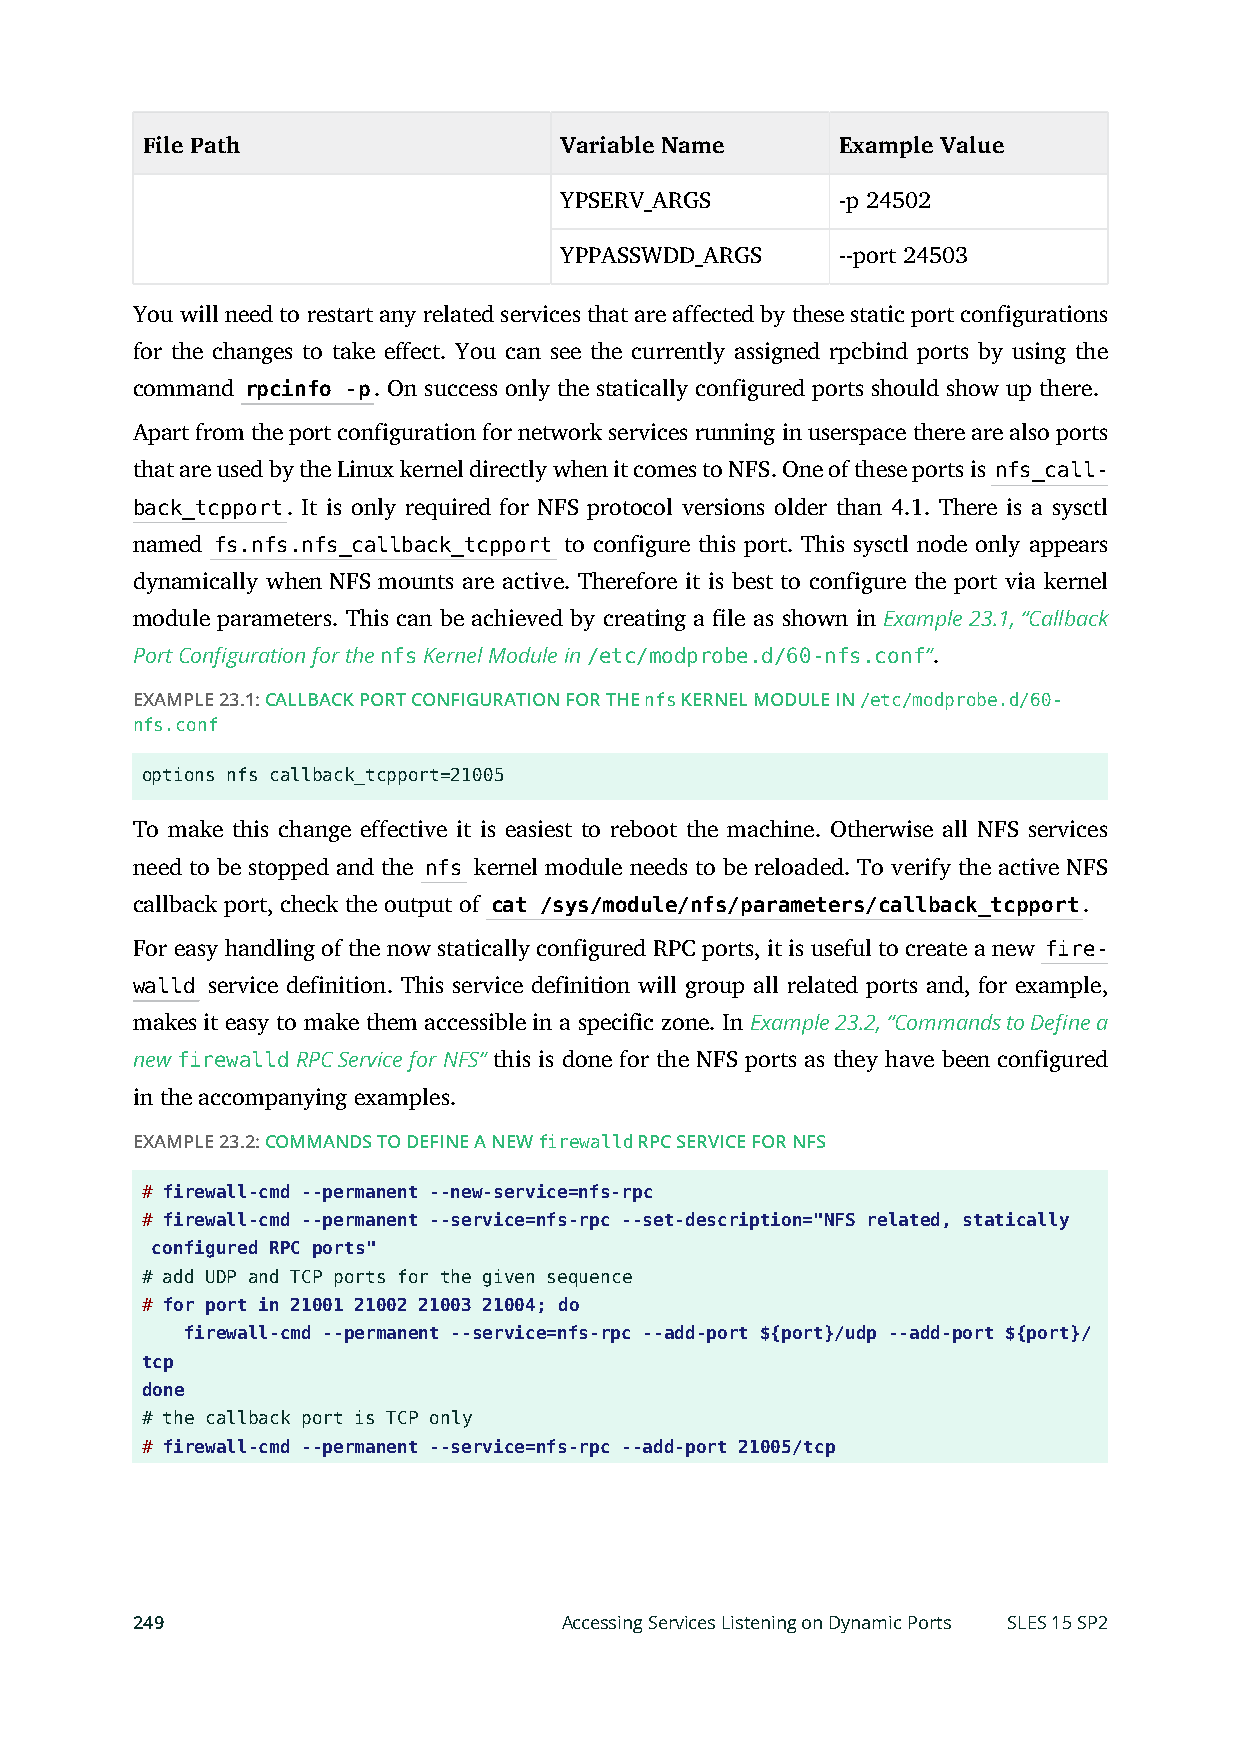
File Path                   Variable Name      Example Value
 YPSERV_ARGS        -p 24502
 YPPASSWDD_ARGS     --port 24503
 You will need to restart any related services that are affected by these static port configurations
 for the changes to take effect. You can see the currently assigned rpcbind ports by using the
 command rpcinfo -p. On success only the statically configured ports should show up there.
 Apart from the port configuration for network services running in userspace there are also ports
 that are used by the Linux kernel directly when it comes to NFS. One of these ports is nfs_call-
 back_tcpport. It is only required for NFS protocol versions older than 4.1. There is a sysctl
 named fs.nfs.nfs_callback_tcpport to configure this port. This sysctl node only appears
 dynamically when NFS mounts are active. Therefore it is best to configure the port via kernel
 module parameters. This can be achieved by creating a le as shown in Example 23.1, “Callback
 Port Configuration for the nfs Kernel Module in /etc/modprobe.d/60-nfs.conf”.
 EXAMPLE 23.1: CALLBACK PORT CONFIGURATION FOR THE nfs KERNEL MODULE IN /etc/modprobe.d/60-
 nfs.conf
 options nfs callback_tcpport=21005
 To make this change effective it is easiest to reboot the machine. Otherwise all NFS services
 need to be stopped and the nfs kernel module needs to be reloaded. To verify the active NFS
 callback port, check the output of cat /sys/module/nfs/parameters/callback_tcpport.
 For easy handling of the now statically configured RPC ports, it is useful to create a new fire-
 walld service definition. This service definition will group all related ports and, for example,
 makes it easy to make them accessible in a specific zone. In Example 23.2, “Commands to Define a
 new firewalld RPC Service for NFS” this is done for the NFS ports as they have been configured
 in the accompanying examples.
 EXAMPLE 23.2: COMMANDS TO DEFINE A NEW firewalld RPC SERVICE FOR NFS
 # firewall-cmd --permanent --new-service=nfs-rpc
 # firewall-cmd --permanent --service=nfs-rpc --set-description="NFS related, statically
 configured RPC ports"
 # add UDP and TCP ports for the given sequence
 # for port in 21001 21002 21003 21004; do
 firewall-cmd --permanent --service=nfs-rpc --add-port ${port}/udp --add-port ${port}/
 tcp
 done
 # the callback port is TCP only
 # firewall-cmd --permanent --service=nfs-rpc --add-port 21005/tcp
 249                         Accessing Services Listening on Dynamic Ports SLES 15 SP2